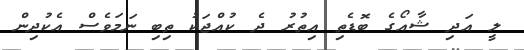
ލީ އަދި ޝާއޯގެ ބޮޑެތި އިތުރު ދެ ކުއްޖަކު ތިބި ނަމަވެސް އެކުދިން